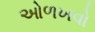
ઓળખવો